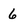
Character: 6